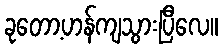
ခုတော့ဟန်ကျသွားပြီလေ။